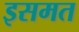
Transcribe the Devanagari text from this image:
इसमत